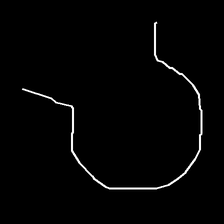
Glyph: weave